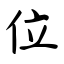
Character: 位